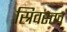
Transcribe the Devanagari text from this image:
स्रिवस्तव